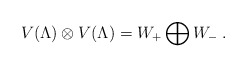
\begin{align*}V(\Lambda)\otimes V(\Lambda)=W_+\bigoplus W_-\;.\end{align*}